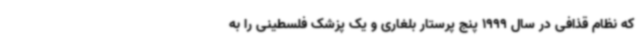
که نظام قذافی در سال 1999 پنج پرستار بلغاری و یک پزشک فلسطینی را به